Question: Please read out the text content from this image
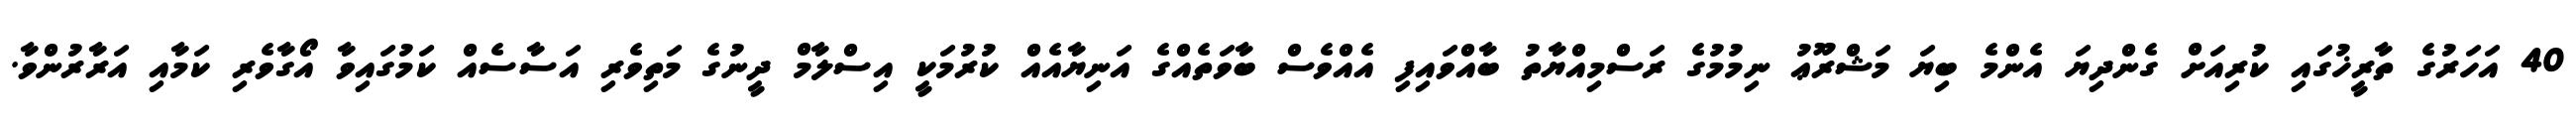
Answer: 40 އަހަރުގެ ތާރީޚުގައި ކުރިއަށް ގެންދިޔަ އެންމެ ބިޔަ މަޝްރޫޢު ނިމުމުގެ ރަސްމިއްޔާތު ބާއްވައިފި އެއްވެސް ބާވަތެއްގެ އަނިޔާއެއް ކުރުމަކީ އިސްލާމް ދީނުގެ މަތިވެރި އަސާސެއް ކަމުގައިވާ އޯގާވެރި ކަމާއި އަރާރުންވާ.